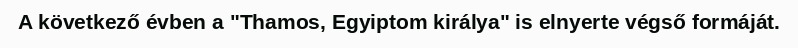
A következő évben a "Thamos, Egyiptom királya" is elnyerte végső formáját.